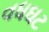
વધઘટ